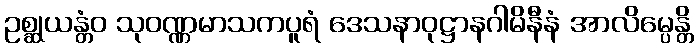
ဥစ္ဆုယန္တံဝ သုဝဏ္ဏမာသကပူရံ ဒေသနာဝုဋ္ဌာနဂါမိနီနံ အာလိမ္ပေန္တိ